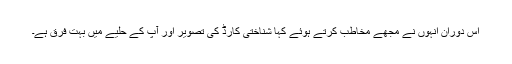
اِس دوران انہوں نے مجھے مخاطب کرتے ہوئے کہا شناختی کارڈ کی تصویر اور آپ کے حلیے میں بہت فرق ہے۔